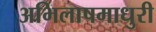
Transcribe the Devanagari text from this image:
अभिलाषमाधुरी